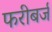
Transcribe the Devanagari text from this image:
फरीबर्ज